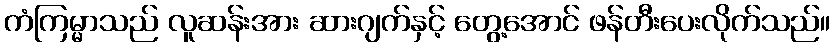
ကံကြမ္မာသည် လူဆန်းအား ဆားဂျက်နှင့် တွေ့အောင် ဖန်တီးပေးလိုက်သည်။